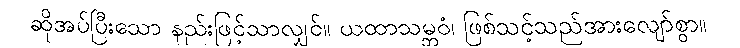
ဆိုအပ်ပြီးသော နည်းဖြင့်သာလျှင်။ ယထာသမ္ဘဝံ၊ ဖြစ်သင့်သည်အားလျော်စွာ။